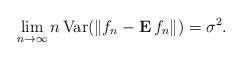
LaTeX: \begin{align*}\lim_{n\rightarrow \infty }n\,\mbox{{\rm Var}}(\Vert f_{n}-{\bf E\,}f_{n}\Vert )=\sigma ^{2}. \end{align*}